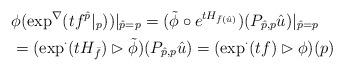
LaTeX: \begin{align*}& \phi(\exp^{\nabla}(t f^{\hat{p}}|_p)) |_{\hat p = p}= (\tilde \phi \circ e^{t H_{\bar{f}(\hat u)}})(P_{\hat p,p} \hat u) |_{\hat p = p} \\& = (\exp^{\cdot}(t H_{\bar{f}}) \rhd \tilde \phi)(P_{\hat p,p} \hat u) = (\exp^{\cdot}(t f) \rhd \phi)(p)\end{align*}